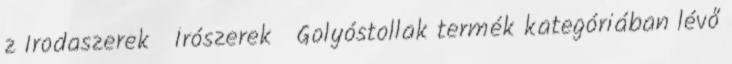
z Irodaszerek Írószerek Golyóstollak termék kategóriában lévő